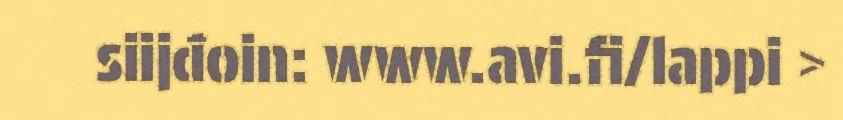
siijđoin: www.avi.fi/lappi >